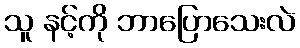
သူ နင့်ကို ဘာပြောသေးလဲ